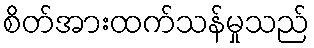
စိတ်အားထက်သန်မှုသည်